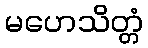
မဟေသိတ္တံ